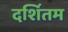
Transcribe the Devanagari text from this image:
दर्शितम